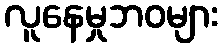
လူနေမှုဘဝများ